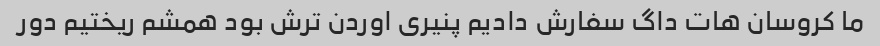
ما کروسان هات داگ سفارش دادیم پنیری اوردن ترش بود همشم ریختیم دور